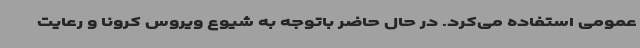
عمومی استفاده می‌کرد. در حال حاضر باتوجه به شیوع ویروس کرونا و رعایت